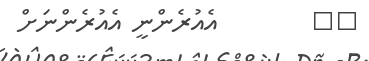
٢٣        އެއުރެންނީ އެއުރެންނަށް